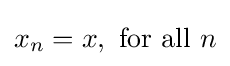
x_{n}=x,{\text{ for all }}n